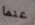
عنما